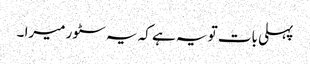
پہلی بات تو یہ ہے کہ یہ سٹور میرا ۔